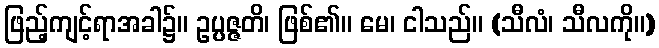
ဖြည့်ကျင့်ရာအခါ၌။ ဥပ္ပဇ္ဇတိ၊ ဖြစ်၏။ မေ၊ ငါသည်။ (သီလံ၊ သီလကို။)